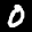
Label: 0